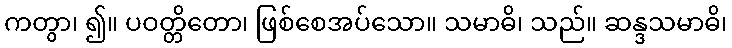
ကတွာ၊ ၍။ ပဝတ္တိတော၊ ဖြစ်စေအပ်သော။ သမာဓိ၊ သည်။ ဆန္ဒသမာဓိ၊